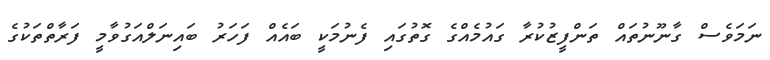
ނަމަވެސް ގާނޫނުތައް ތަންފީޒުކުރާ ގައުމެއްގެ ގޮތުގައި ފެނުމަކީ ބައެއް ފަހަރު ބައިނަލްއަގުވާމީ ފަރާތްތަކުގެ